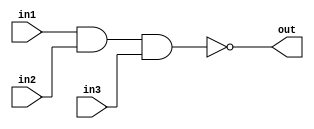
/*
    CS/ECE 552 Spring '23
    Homework #1, Problem 2

    3 input NAND
*/
`default_nettype none
module nand3 (out,in1,in2,in3);
    output wire out;
    input wire in1,in2,in3;
    assign out = ~(in1 & in2 & in3);
endmodule
`default_nettype wire